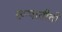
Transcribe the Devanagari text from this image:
रूपातीतो